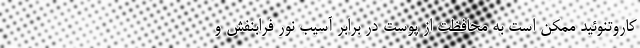
کاروتنوئید ممکن است به محافظت از پوست در برابر آسیب نور فرابنفش و